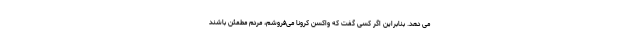
می دهد. بنابراین اگر کسی گفت که واکسن کرونا می‌فروشم، مردم مطمئن باشند